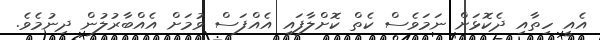
އެއީ ހިތާއި ދެކޮޅަށް ނަމަވެސް ކެތް ކޮށްލާފައި އެއްފަސް ވުމަށް އެއްބާރުލުން ދިނުމެވެ.